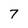
Character: 7